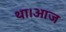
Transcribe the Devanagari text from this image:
था।आज